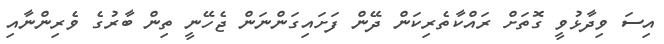
އިސަ ވިދާޅުވީ ގޮތަށް ރައްކާތެރިކަން ދޭން ފަށައިގަންނަން ޖެހޭނީ ތިން ބާރުގެ ވެރިންނާއި